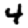
Digit: 4